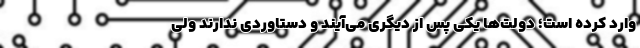
وارد کرده است؛ دولت‌ها یکی پس از دیگری می‌آیند و دستاوردی ندارند ولی